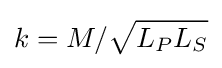
k=M/{\sqrt {L_{P}L_{S}}}